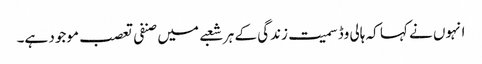
انہوں نے کہا کہ ہالی وڈ سمیت زندگی کے ہر شعبے میں صنفی تعصب موجود ہے۔